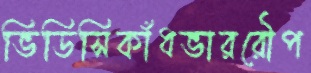
ভিডিসিকাঁধভাররৌপ